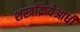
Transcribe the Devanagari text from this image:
शस्त्रक्रियेआधी